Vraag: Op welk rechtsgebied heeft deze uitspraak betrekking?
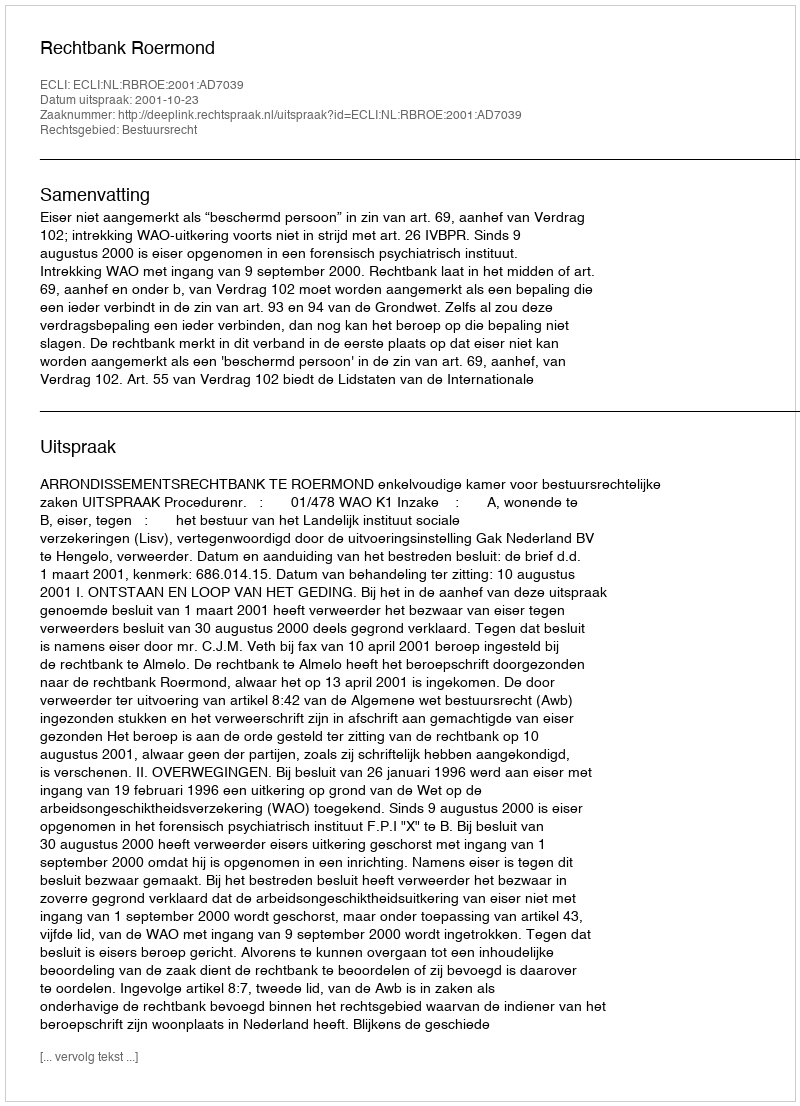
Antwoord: Bestuursrecht